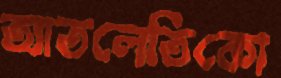
আতলেতিকো